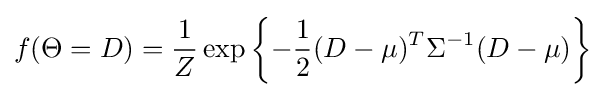
f(\Theta =D)={\frac {1}{Z}}\exp \left\{-{\frac {1}{2}}(D-\mu )^{T}\Sigma ^{-1}(D-\mu )\right\}